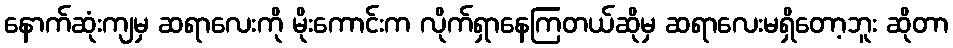
နောက်ဆုံးကျမှ ဆရာလေးကို မိုးကောင်းက လိုက်ရှာနေကြတယ်ဆိုမှ ဆရာလေးမရှိတော့ဘူး ဆိုတာ